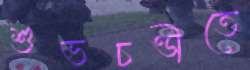
শুভচণ্ডীতে